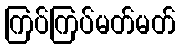
ကြပ်ကြပ်မတ်မတ်